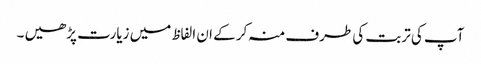
آپ کی تربت کی طرف منہ کر کے ان الفاظ میں زیارت پڑھیں ۔